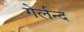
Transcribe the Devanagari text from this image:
गेर्लन्द